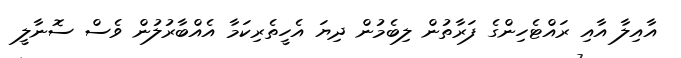
އާއިލާ އާއި ރައްޓެހިންގެ ފަރާތުން ލިބެމުން ދިޔަ އެހީތެރިކަމާ އެއްބާރުލުން ވެސް ސޮނާލީ